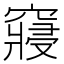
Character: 𥨊